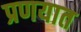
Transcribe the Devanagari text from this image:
प्रणयात